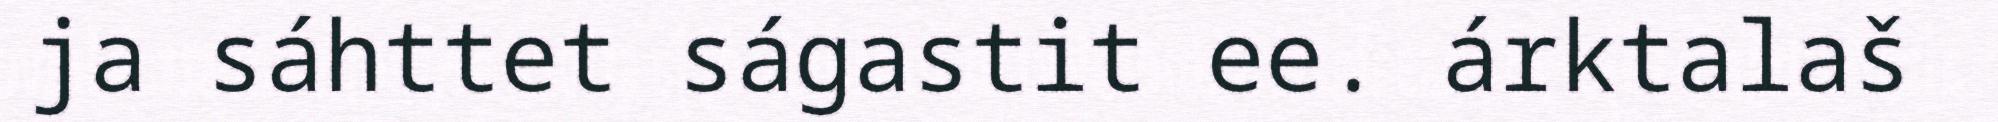
ja sáhttet ságastit ee. árktalaš